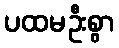
ပထမဦးစွာ